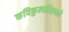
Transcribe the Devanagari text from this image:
कविकुलतिलको